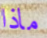
ماذا